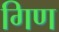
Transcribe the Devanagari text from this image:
गिण